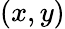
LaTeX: \left(x,y\right)